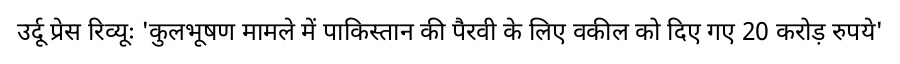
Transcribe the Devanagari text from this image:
उर्दू प्रेस रिव्यूः 'कुलभूषण मामले में पाकिस्तान की पैरवी के लिए वकील को दिए गए 20 करोड़ रुपये'